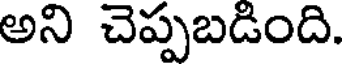
అని చెప్పబడింది.